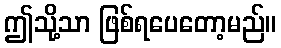
ဤသို့သာ ဖြစ်ရပေတော့မည်။